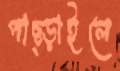
পাছ্‌ড়াইলে